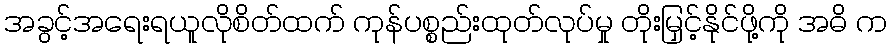
အခွင့်အရေးရယူလိုစိတ်ထက် ကုန်ပစ္စည်းထုတ်လုပ်မှု တိုးမြှင့်နိုင်ဖို့ကို အဓိ က